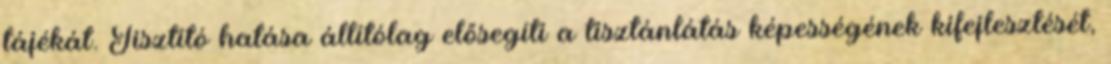
tájékát. Tisztító hatása állítólag elősegíti a tisztánlátás képességének kifejlesztését,